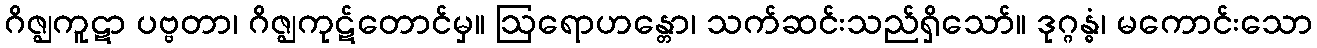
ဂိဇ္ဈကူဋာ ပဗ္ဗတာ၊ ဂိဇ္ဈကုဋ်တောင်မှ။ ဩရောဟန္တော၊ သက်ဆင်းသည်ရှိသော်။ ဒုဂ္ဂန္ဓံ၊ မကောင်းသော